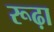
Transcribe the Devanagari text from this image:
रूढ़ा